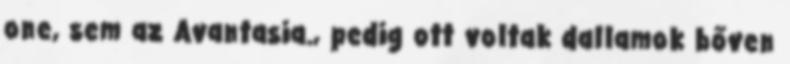
one, sem az Avantasia., pedig ott voltak dallamok bőven